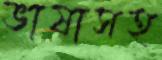
ভাষাসহ